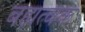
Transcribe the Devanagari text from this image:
बह्यत्वक